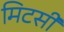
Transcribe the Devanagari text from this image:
मिटसी